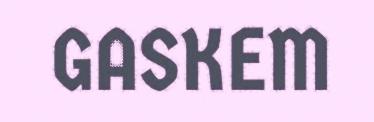
GASKEM